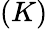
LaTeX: (K)